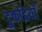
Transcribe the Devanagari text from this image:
टुकडियाँ